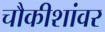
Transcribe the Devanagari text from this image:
चौकीशांवर